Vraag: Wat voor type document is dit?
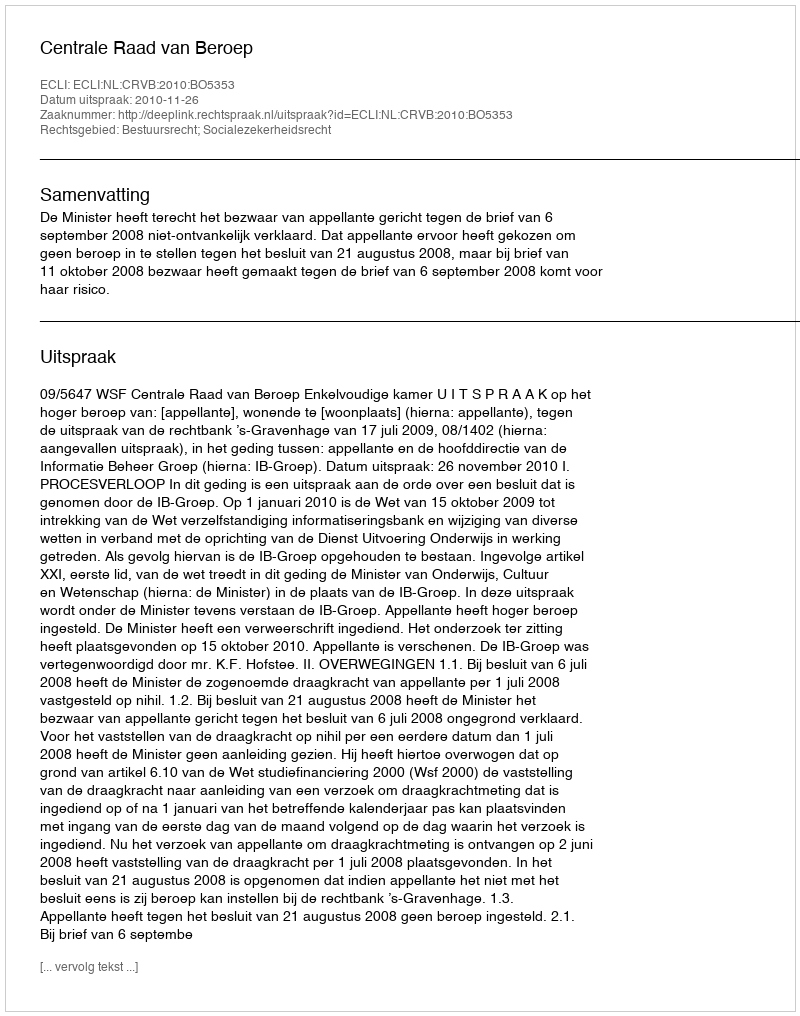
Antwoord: Uitspraak